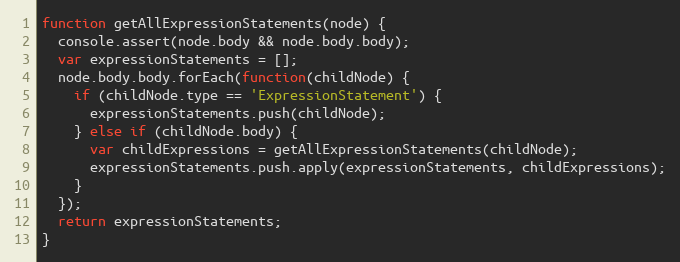
Language: JavaScript
function getAllExpressionStatements(node) {
  console.assert(node.body && node.body.body);
  var expressionStatements = [];
  node.body.body.forEach(function(childNode) {
    if (childNode.type == 'ExpressionStatement') {
      expressionStatements.push(childNode);
    } else if (childNode.body) {
      var childExpressions = getAllExpressionStatements(childNode);
      expressionStatements.push.apply(expressionStatements, childExpressions);
    }
  });
  return expressionStatements;
}